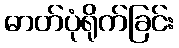
ဓာတ်ပုံရိုက်ခြင်း